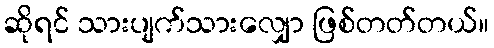
ဆိုရင် သားပျက်သားလျှော ဖြစ်တတ်တယ်။